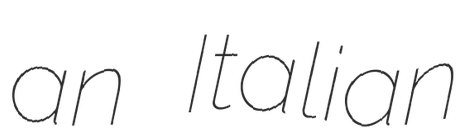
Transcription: an Italian